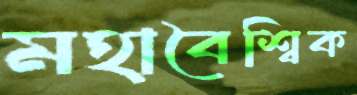
মহাবৈশ্বিক